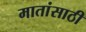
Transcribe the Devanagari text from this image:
मातांसाठी